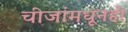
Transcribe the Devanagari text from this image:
चीजांमधूनही